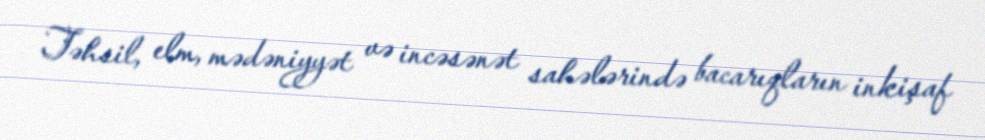
Təhsil, elm, mədəniyyət və incəsənət sahələrində bacarıqların inkişaf